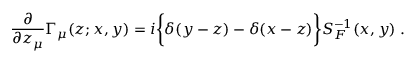
{ \frac { \partial } { \partial z _ { \mu } } } \Gamma _ { \mu } ( z ; x , y ) = i \bigg \lbrace \delta ( y - z ) - \delta ( x - z ) \bigg \rbrace S _ { F } ^ { - 1 } ( x , y ) \; .